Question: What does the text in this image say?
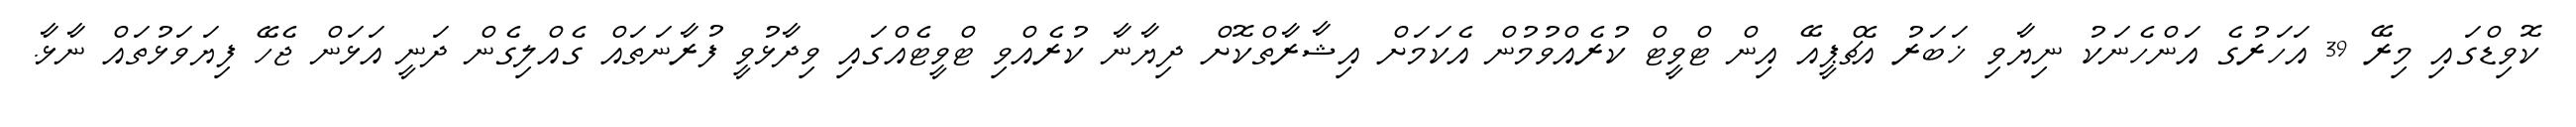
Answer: ކޮވިޑްގައި މިރޭ 39 އަހަރުގެ އަންހެނަކު ނިޔާވި ޚަބަރު އެޗްޕީއޭ އިން ޓްވީޓް ކުރެއްވުމުން އެކަމަށް އިޝާރާތްކޮށް ދިޔާނާ ކުރެއްވި ޓްވީޓެއްގައި ވިދާޅުވީ ފުރާނަތައް ގެއްލިގެން ދަނީ އަޅަން ޖެހޭ ފިޔަވަޅުތައް ނާޅާ.